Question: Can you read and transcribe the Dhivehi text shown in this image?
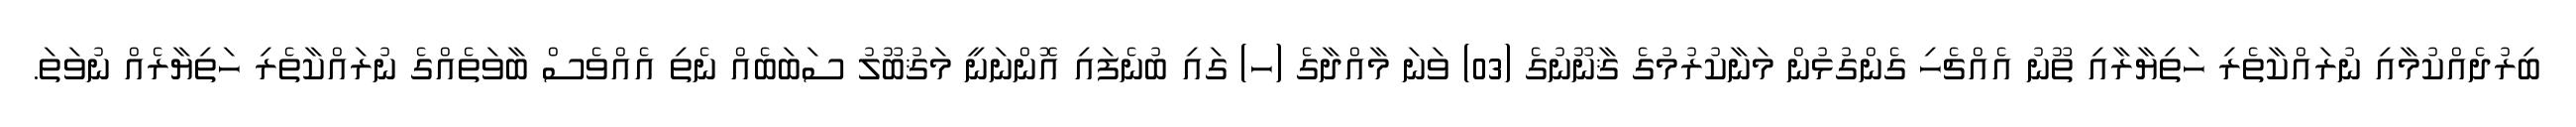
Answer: ބިރުދެއްކުމާއި ނުރައްކާތެރި ހަތިޔާރާއި ތޫނު އެއްޗެހި ގެންގުޅުން މަނާކުރުމުގެ ޤާނޫނުގެ (03) ވަނަ މާއްދާގެ (ހ) ގައި ބުނެފައި އޮންނަނީ މަޤުބޫލު ސަބަބެއް ނެތި އެއްވެސް ބާވަތެއްގެ ނުރައްކާތެރި ހަތިޔާރެއް ނުވަތަ.